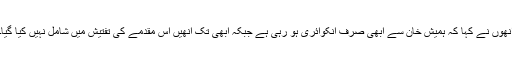
انھوں نے کہا کہ ہمیش خان سے ابھی صرف انکوائری ہو رہی ہے جبکہ ابھی تک اُنھیں اس مقدمے کی تفتیش میں شامل نہیں کیا گیا۔